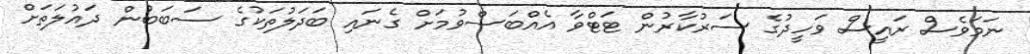
ނަމަވެސް ރައީސް ވަހީދުުގެ ސަރުކާރުން ޓަޓްވާ އެއްބަސްވުމަށް ގެނައި ބަދަލުތަކުގެ ސަބަބުން ދައުލަތަށް